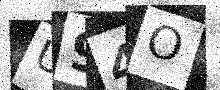
Text: U94O